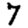
Digit: 7